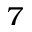
^ 7